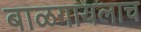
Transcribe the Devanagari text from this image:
बाळगायलाच